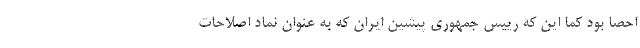
احصا بود کما این که رییس جمهوری پیشین ایران که به عنوان نماد اصلاحات